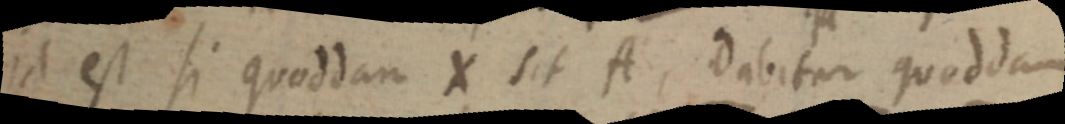
id est si quoddam X sit A, dabitur quoddam